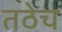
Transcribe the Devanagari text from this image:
तठेच